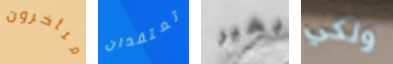
متأخرون تعتقدان بخير ولكي